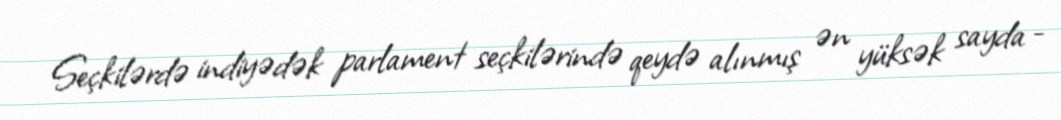
Seçkilərdə indiyədək parlament seçkilərində qeydə alınmış ən yüksək sayda -